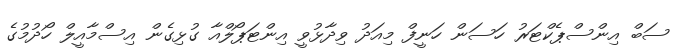
ސަބް އިންސްޕެކްޓަރު ހަސަން ހަނީފް މިއަދު ވިދާޅުވީ އިންޓަޕޯލްއާ ގުޅިގެން އިސްމާއީލް ހޯދުމުގެ